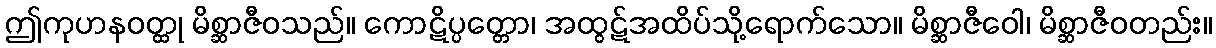
ဤကုဟနဝတ္ထု မိစ္ဆာဇီဝသည်။ ကောဋိပ္ပတ္တော၊ အထွဋ်အထိပ်သို့ရောက်သော။ မိစ္ဆာဇီဝေါ၊ မိစ္ဆာဇီဝတည်း။